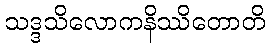
သဒ္ဒသိလောကနိဿိတောတိ